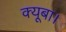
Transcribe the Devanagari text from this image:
क्यूबा।